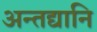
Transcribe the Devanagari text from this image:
अन्तद्यानि